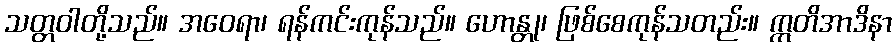
သတ္တဝါတို့သည်။ အဝေရာ၊ ရန်ကင်းကုန်သည်။ ဟောန္တု၊ ဖြစ်စေကုန်သတည်း။ ဣတိအာဒိနာ